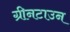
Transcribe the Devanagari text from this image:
ग्रीनटाउन